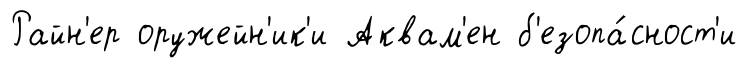
Райн'ер оружейн'ик'и Аквам'ен б'езопа́сност'и